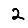
Digit: 2